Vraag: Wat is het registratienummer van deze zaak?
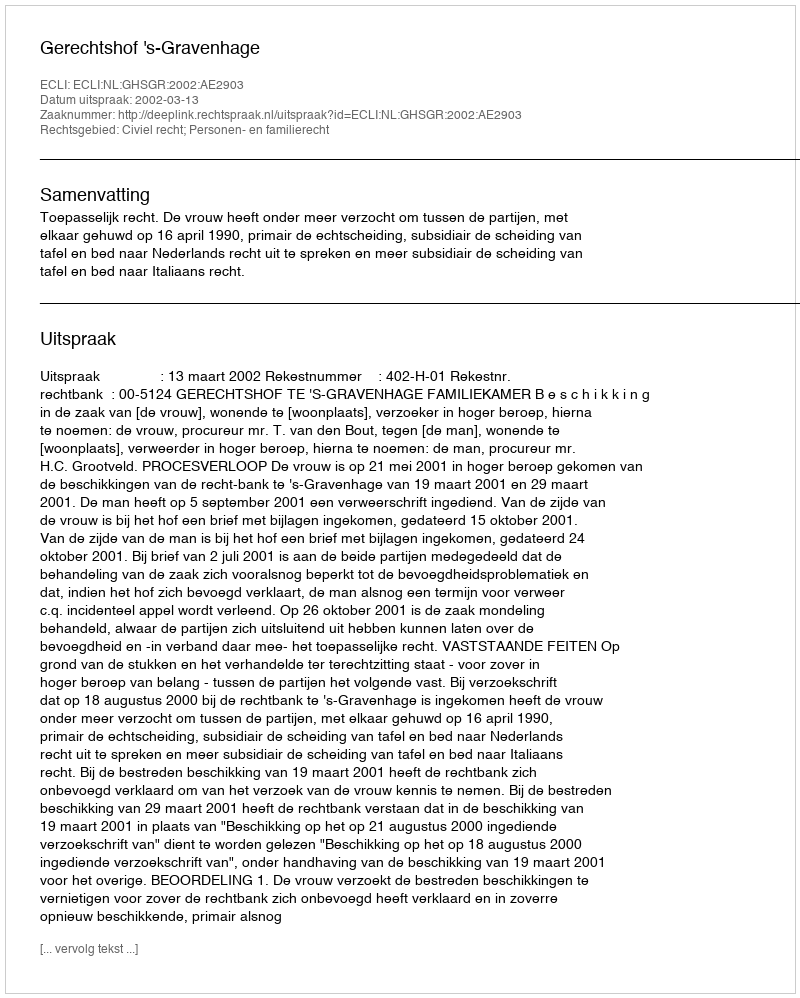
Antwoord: http://deeplink.rechtspraak.nl/uitspraak?id=ECLI:NL:GHSGR:2002:AE2903